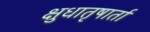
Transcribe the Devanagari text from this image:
क्षुधातृषार्ता